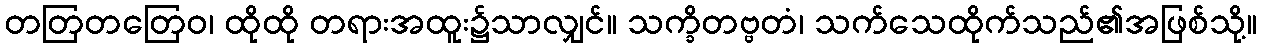
တတြတတြေဝ၊ ထိုထို တရားအထူး၌သာလျှင်။ သက္ခိတဗ္ဗတံ၊ သက်သေထိုက်သည်၏အဖြစ်သို့။